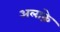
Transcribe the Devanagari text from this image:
अलाक़े